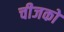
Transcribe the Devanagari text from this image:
चीजको